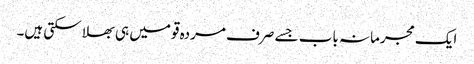
ایک مجرمانہ باب جسے صرف مردہ قومیں ہی بھلا سکتی ہیں۔